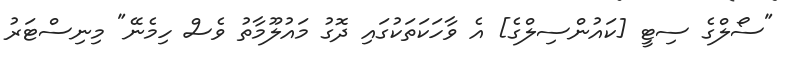
"ސޯލްގެ ސިޓީ [ކައުންސިލްގެ] އެ ވާހަކަތަކުގައި ދޮގު މައުލޫމާތު ވެސް ހިމެނޭ" މިނިސްޓަރު